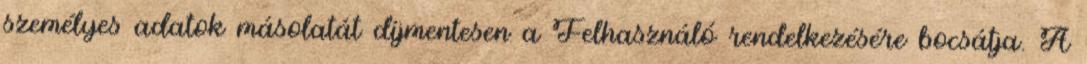
személyes adatok másolatát díjmentesen a Felhasználó rendelkezésére bocsátja. A